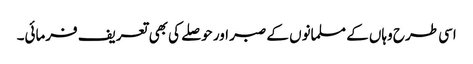
اسی طرح وہاں کے مسلمانوں کے صبر اور حوصلے کی بھی تعریف فرمائی۔